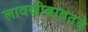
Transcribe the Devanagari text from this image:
लावणीबाबतचे